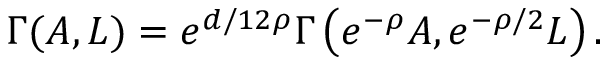
\Gamma ( A , L ) = { e ^ { d / 1 2 \rho } } \Gamma \left( { e ^ { - \rho } } A , { e ^ { - \rho / 2 } } L \right) .